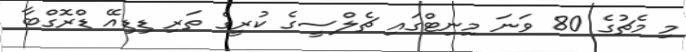
މި މެޗުގެ 80 ވަނަ މިނިޓްގައި ޗެލްސީގެ ކުރީގެ ތަރި ޑިޑިއޭ ޑްރޮގްބާ